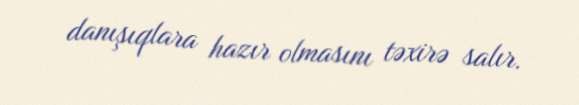
danışıqlara hazır olmasını təxirə salır.